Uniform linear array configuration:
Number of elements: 12
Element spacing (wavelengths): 0.75
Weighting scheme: binomial
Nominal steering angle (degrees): -15
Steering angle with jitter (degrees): -13.296
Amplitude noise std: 0.05
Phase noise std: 0.05

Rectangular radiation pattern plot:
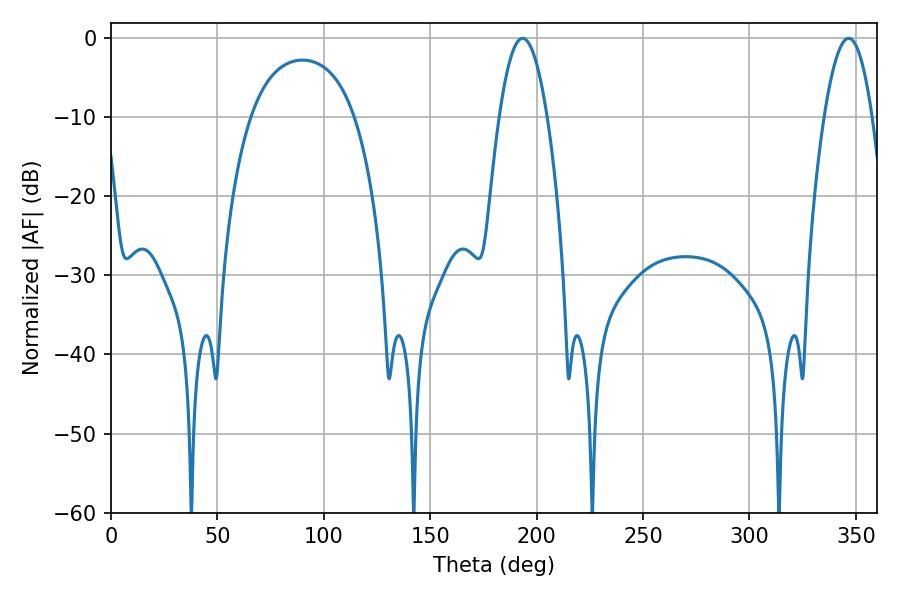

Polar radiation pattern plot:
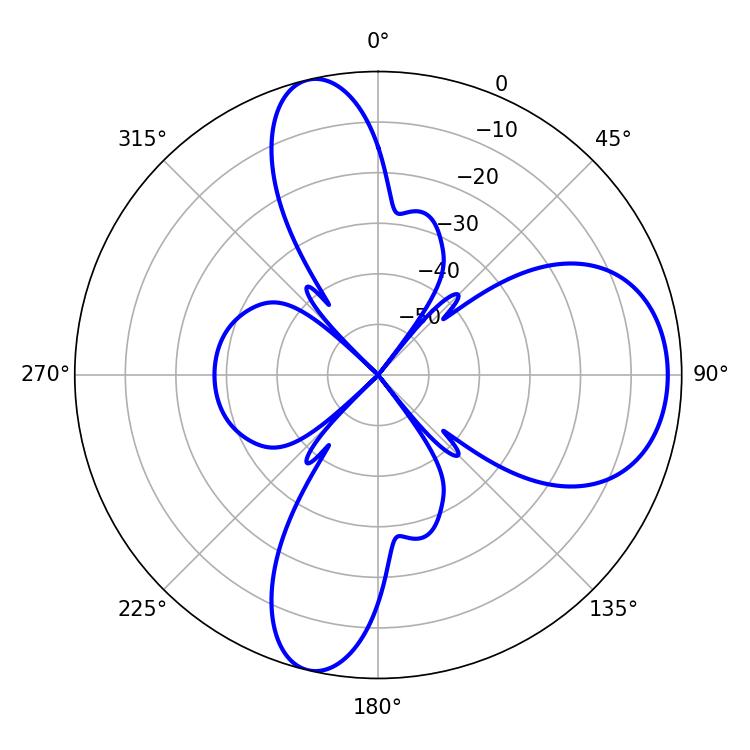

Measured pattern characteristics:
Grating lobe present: TRUE
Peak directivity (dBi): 9.938
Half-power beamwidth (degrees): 12.24
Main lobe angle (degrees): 193.32